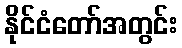
နိုင်ငံတော်အတွင်း